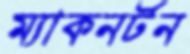
ম্যাকনর্টন